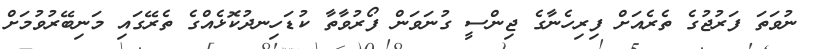
ނުވަތަ ފަރުޖުގެ ތެރެއަށް ފިރިހެނާގެ ޖިންސީ ގުނަވަން ފޯރުވާތާ ކުޑަހިނދުކޮޅެއްގެ ތެރޭގައި މަނިބޭރުވުމަށް